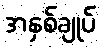
အနှစ်ချုပ်